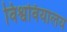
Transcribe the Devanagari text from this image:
विश्ववियालय